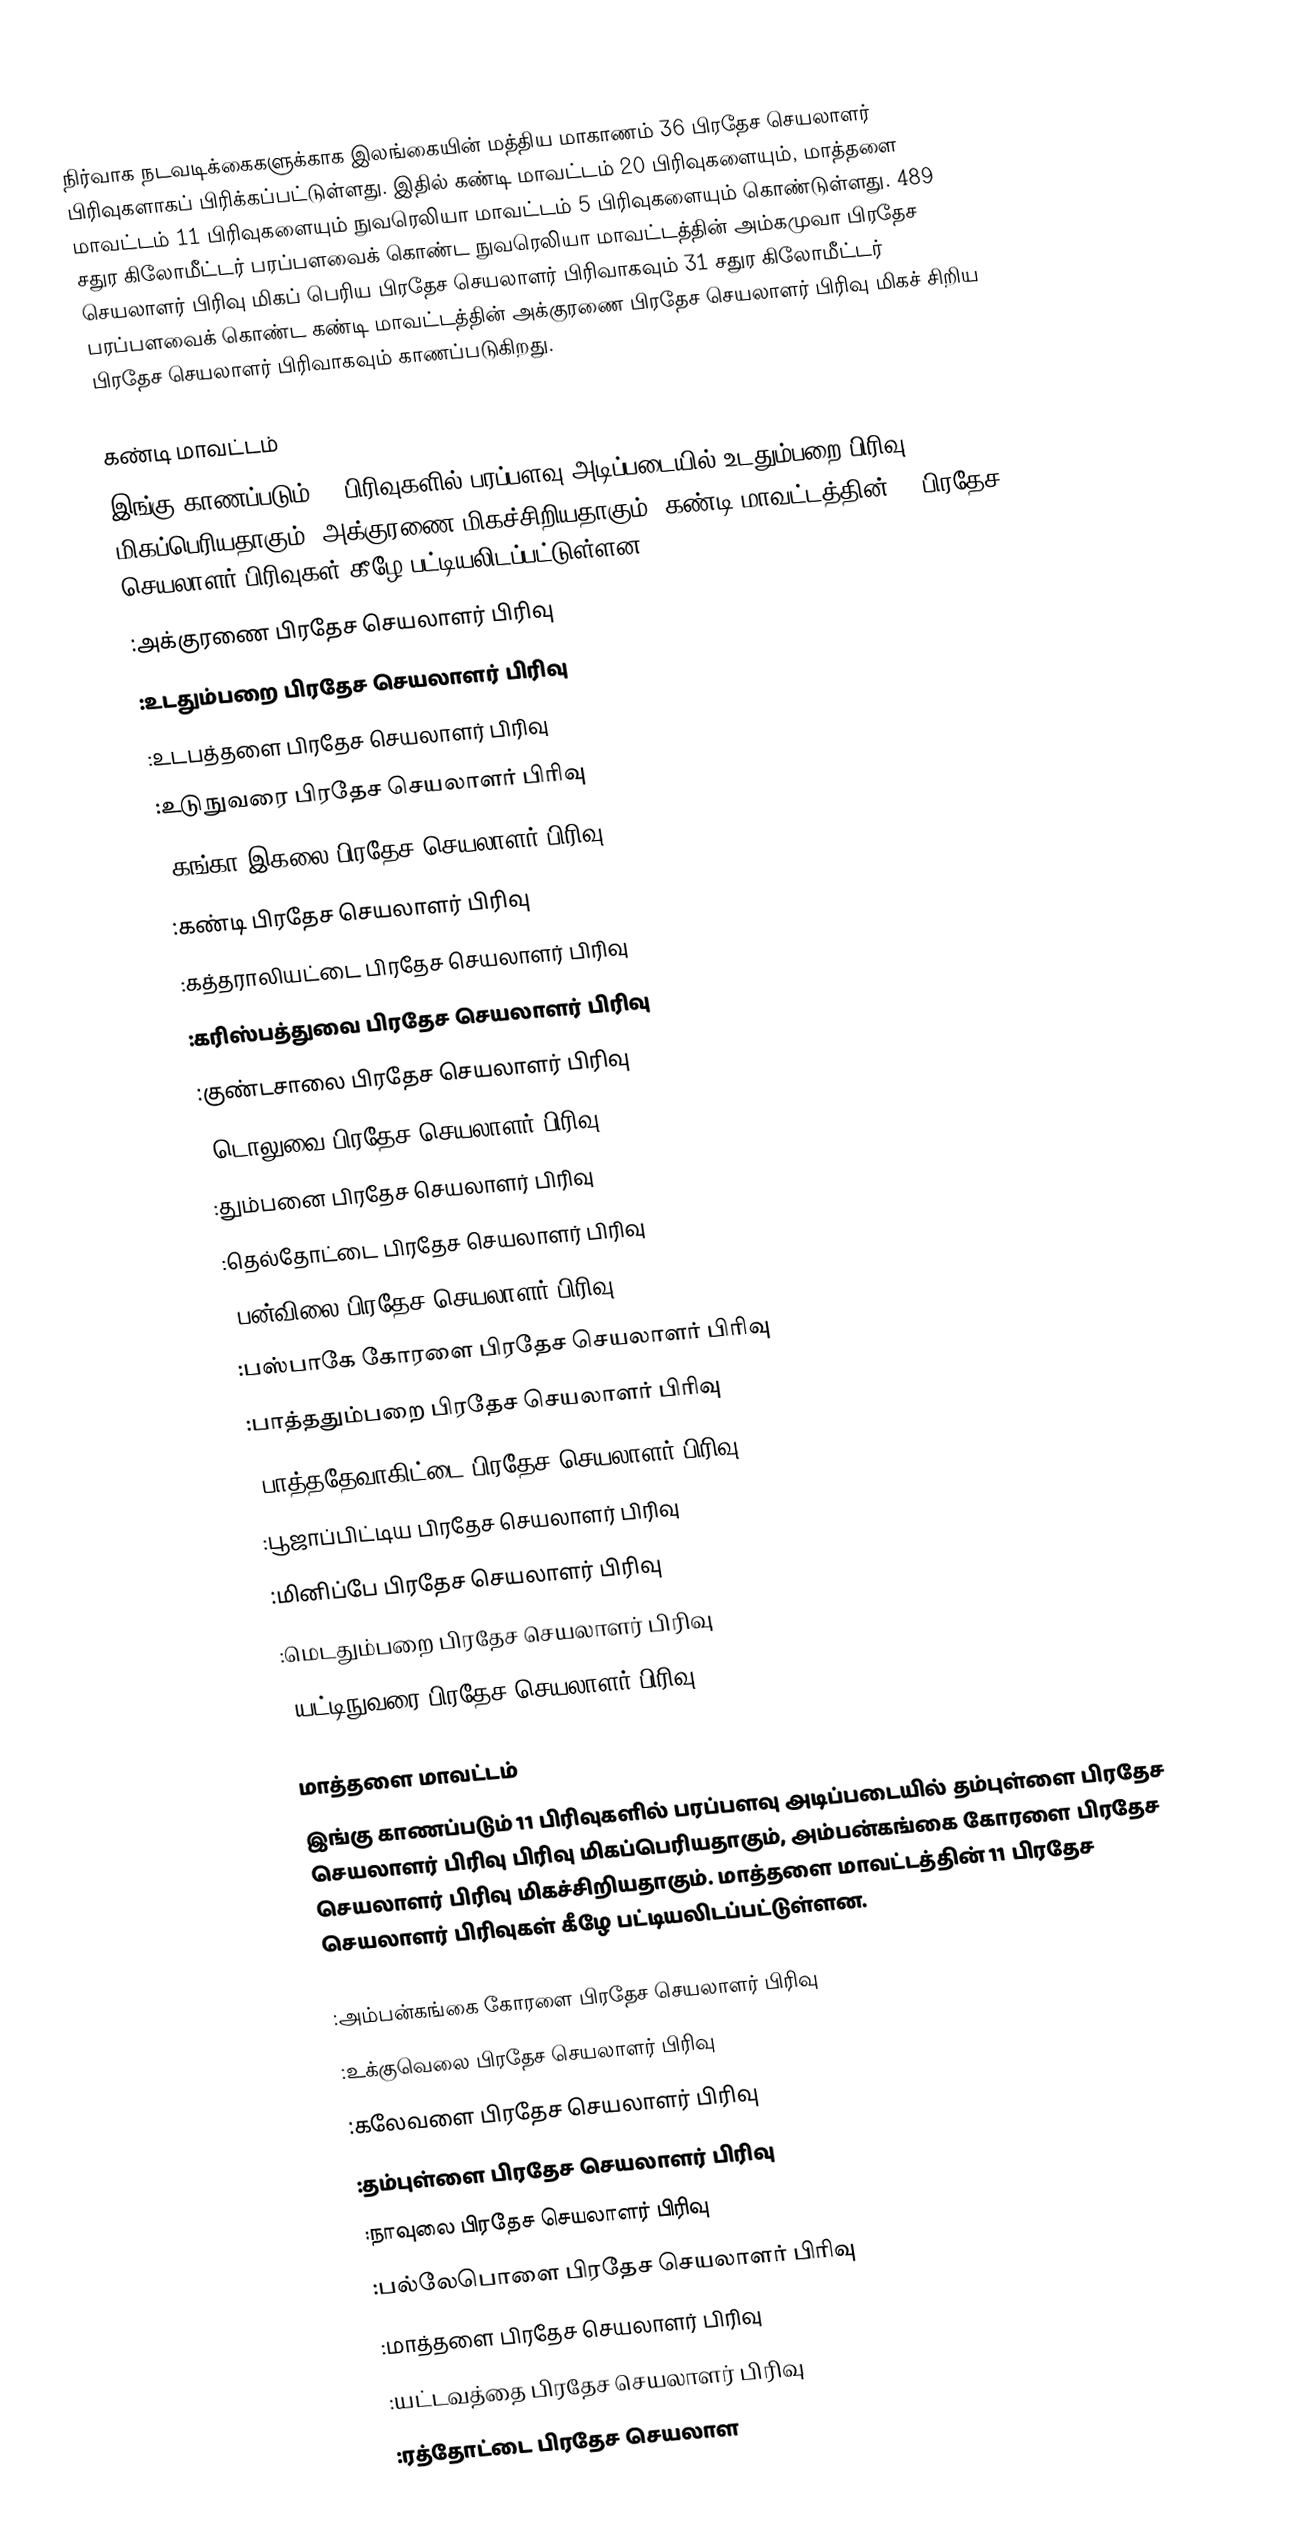
நிர்வாக நடவடிக்கைகளுக்காக இலங்கையின் மத்திய மாகாணம் 36 பிரதேச செயலாளர் பிரிவுகளாகப் பிரிக்கப்பட்டுள்ளது. இதில் கண்டி மாவட்டம் 20  பிரிவுகளையும்,  மாத்தளை மாவட்டம்  11 பிரிவுகளையும்  நுவரெலியா மாவட்டம் 5 பிரிவுகளையும் கொண்டுள்ளது. 489 சதுர கிலோமீட்டர் பரப்பளவைக் கொண்ட நுவரெலியா மாவட்டத்தின் அம்கமுவா பிரதேச செயலாளர் பிரிவு மிகப் பெரிய பிரதேச செயலாளர் பிரிவாகவும் 31 சதுர கிலோமீட்டர் பரப்பளவைக் கொண்ட கண்டி மாவட்டத்தின் அக்குரணை பிரதேச செயலாளர் பிரிவு மிகச் சிறிய பிரதேச செயலாளர் பிரிவாகவும் காணப்படுகிறது.

கண்டி மாவட்டம்
இங்கு காணப்படும் 20 பிரிவுகளில் பரப்பளவு அடிப்படையில் உடதும்பறை பிரிவு மிகப்பெரியதாகும், அக்குரணை மிகச்சிறியதாகும். கண்டி மாவட்டத்தின் 20 பிரதேச செயலாளர் பிரிவுகள் கீழே பட்டியலிடப்பட்டுள்ளன.
 :அக்குரணை பிரதேச செயலாளர் பிரிவு
 :உடதும்பறை பிரதேச செயலாளர் பிரிவு
 :உடபத்தளை பிரதேச செயலாளர் பிரிவு
 :உடுநுவரை பிரதேச செயலாளர் பிரிவு
 :கங்கா இகலை பிரதேச செயலாளர் பிரிவு
 :கண்டி பிரதேச செயலாளர் பிரிவு
 :கத்தராலியட்டை பிரதேச செயலாளர் பிரிவு
 :கரிஸ்பத்துவை பிரதேச செயலாளர் பிரிவு
 :குண்டசாலை பிரதேச செயலாளர் பிரிவு
 :டொலுவை பிரதேச செயலாளர் பிரிவு
 :தும்பனை பிரதேச செயலாளர் பிரிவு
 :தெல்தோட்டை பிரதேச செயலாளர் பிரிவு
 :பன்விலை பிரதேச செயலாளர் பிரிவு
 :பஸ்பாகே கோரளை பிரதேச செயலாளர் பிரிவு
 :பாத்ததும்பறை பிரதேச செயலாளர் பிரிவு
 :பாத்ததேவாகிட்டை பிரதேச செயலாளர் பிரிவு
 :பூஜாப்பிட்டிய பிரதேச செயலாளர் பிரிவு
 :மினிப்பே பிரதேச செயலாளர் பிரிவு
 :மெடதும்பறை பிரதேச செயலாளர் பிரிவு
 :யட்டிநுவரை பிரதேச செயலாளர் பிரிவு

மாத்தளை மாவட்டம்
இங்கு காணப்படும் 11 பிரிவுகளில் பரப்பளவு அடிப்படையில் தம்புள்ளை பிரதேச செயலாளர் பிரிவு பிரிவு மிகப்பெரியதாகும், அம்பன்கங்கை கோரளை பிரதேச செயலாளர் பிரிவு மிகச்சிறியதாகும். மாத்தளை மாவட்டத்தின் 11 பிரதேச செயலாளர் பிரிவுகள் கீழே பட்டியலிடப்பட்டுள்ளன.

 :அம்பன்கங்கை கோரளை பிரதேச செயலாளர் பிரிவு
 :உக்குவெலை பிரதேச செயலாளர் பிரிவு
 :கலேவளை பிரதேச செயலாளர் பிரிவு
 :தம்புள்ளை பிரதேச செயலாளர் பிரிவு
 :நாவுலை பிரதேச செயலாளர் பிரிவு
 :பல்லேபொளை பிரதேச செயலாளர் பிரிவு
 :மாத்தளை பிரதேச செயலாளர் பிரிவு
 :யட்டவத்தை பிரதேச செயலாளர் பிரிவு
 :ரத்தோட்டை பிரதேச செயலாள